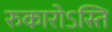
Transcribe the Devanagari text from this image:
रुकारोऽस्ति